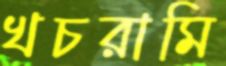
খচরামি